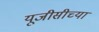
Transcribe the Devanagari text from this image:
यूजीसीच्या